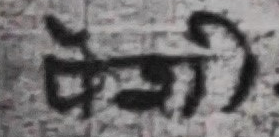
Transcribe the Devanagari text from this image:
पर्ने